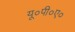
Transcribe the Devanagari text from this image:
यू०पी०ए०